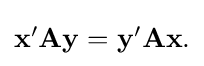
{\textstyle \mathbf {x} '\mathbf {A} \mathbf {y} =\mathbf {y} '\mathbf {A} \mathbf {x} .}